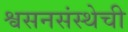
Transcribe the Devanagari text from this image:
श्वसनसंस्थेची